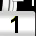
Digit: 1